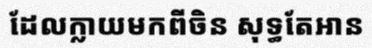
ដែលក្លាយមកពីចិន សុទ្ធតែអាន